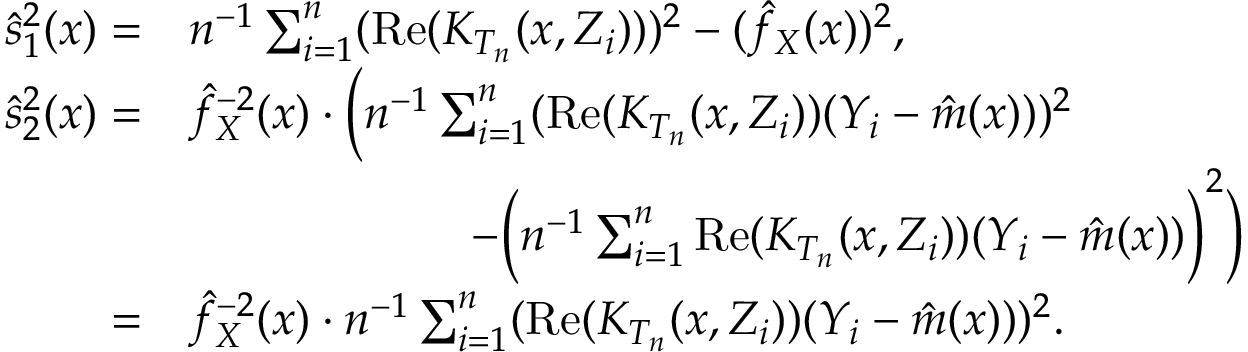
\begin{array} { r l } { \hat { s } _ { 1 } ^ { 2 } ( x ) = } & { n ^ { - 1 } \sum _ { i = 1 } ^ { n } ( \mathrm { R e } ( K _ { T _ { n } } ( x , Z _ { i } ) ) ) ^ { 2 } - ( \hat { f } _ { X } ( x ) ) ^ { 2 } , } \\ { \hat { s } _ { 2 } ^ { 2 } ( x ) = } & { \hat { f } _ { X } ^ { - 2 } ( x ) \cdot \bigg ( n ^ { - 1 } \sum _ { i = 1 } ^ { n } ( \mathrm { R e } ( K _ { T _ { n } } ( x , Z _ { i } ) ) ( Y _ { i } - \hat { m } ( x ) ) ) ^ { 2 } } \\ & { \qquad \qquad \qquad - \bigg ( n ^ { - 1 } \sum _ { i = 1 } ^ { n } \mathrm { R e } ( K _ { T _ { n } } ( x , Z _ { i } ) ) ( Y _ { i } - \hat { m } ( x ) ) \bigg ) ^ { 2 } \bigg ) } \\ { = } & { \hat { f } _ { X } ^ { - 2 } ( x ) \cdot n ^ { - 1 } \sum _ { i = 1 } ^ { n } ( \mathrm { R e } ( K _ { T _ { n } } ( x , Z _ { i } ) ) ( Y _ { i } - \hat { m } ( x ) ) ) ^ { 2 } . } \end{array}